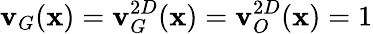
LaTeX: \mathbf{v}_{G}(\mathbf{x})=\mathbf{v}_{G}^{2D}(\mathbf{x})=\mathbf{v}_{O}^{2D}(\mathbf{x})=1